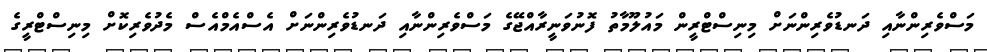
މަސްވެރިންނާއި ދަނޑުވެރިންނަށް މިނިސްޓްރީން މައުލޫމާތު ފޮނުވަނީރާއްޖޭގެ މަސްވެރިންނާއި ދަނޑުވެރިންނަށް އެސްއެމްއެސް މެދުވެރިކޮށް މިނިސްޓްރީގެ